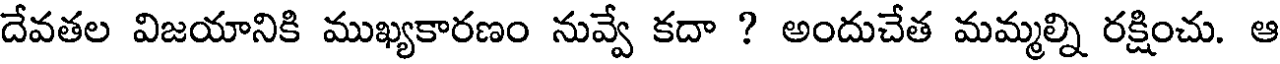
దేవతల విజయానికి ముఖ్యకారణం నువ్వే కదా ? అందుచేత మమ్మల్ని రక్షించు. ఆ